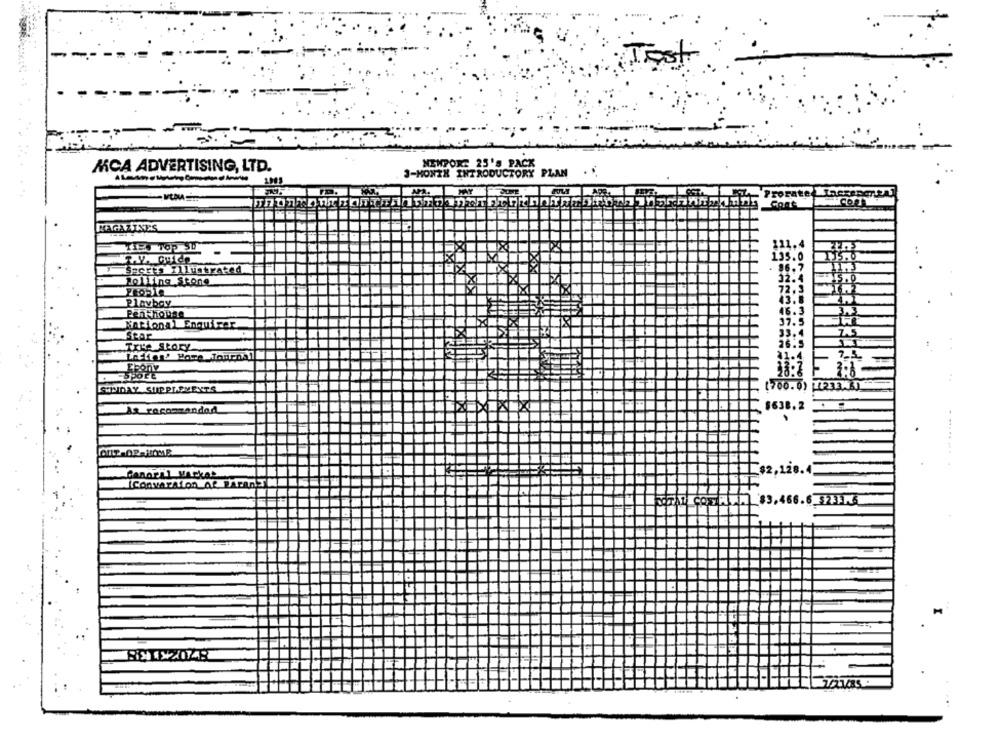
NEWPORT 25'S PACK
ACA ADVERTISING, LTD.
3-MONTH INTRODUCTORY PLAN
MAGAZINES
-
111
135.0
96
Sports Illustrated
Rolling Stone
32.
72.3
Plavbay
43.8
46.3
3.3
Penthouse
National Enquirer
37.5
33.4
sear
26.5
True Story
41.4.
Epony
38:3
3:8
SPOLE
[700.0) TREE .. ]
SUNDAY SUPPLEMENTS
EL
1638.2
At recommended
$2,128.4
TOTAL COFALL
$3.466.6_233.6